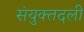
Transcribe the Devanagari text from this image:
संयुक्तदली